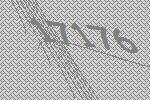
17176